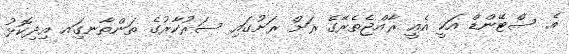
އެ ސްޓޭންޑް އަކީ އެއީ ރާއްޖެތެރޭގެ ރަށް ރަށުގައި ސަރުކާރުގެ ތަންތާނގަިއ އިދިކޮޅު